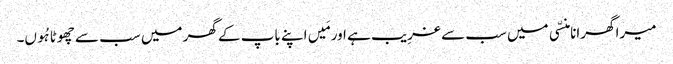
میرا گھرانا منسّی میں سب سے غرِیب ہے اور مَیں اپنے باپ کے گھر میں سب سے چھوٹا ہُوں۔